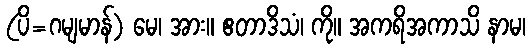
(ပိ=ဂမျမာန်) မေ၊ အား။ ဧတာဒိသံ၊ ကို။ အကရိအကာသိ နာမ၊